Madras plague regulations in force outside the Presidency town - Volume 2
Disease focus: Plague
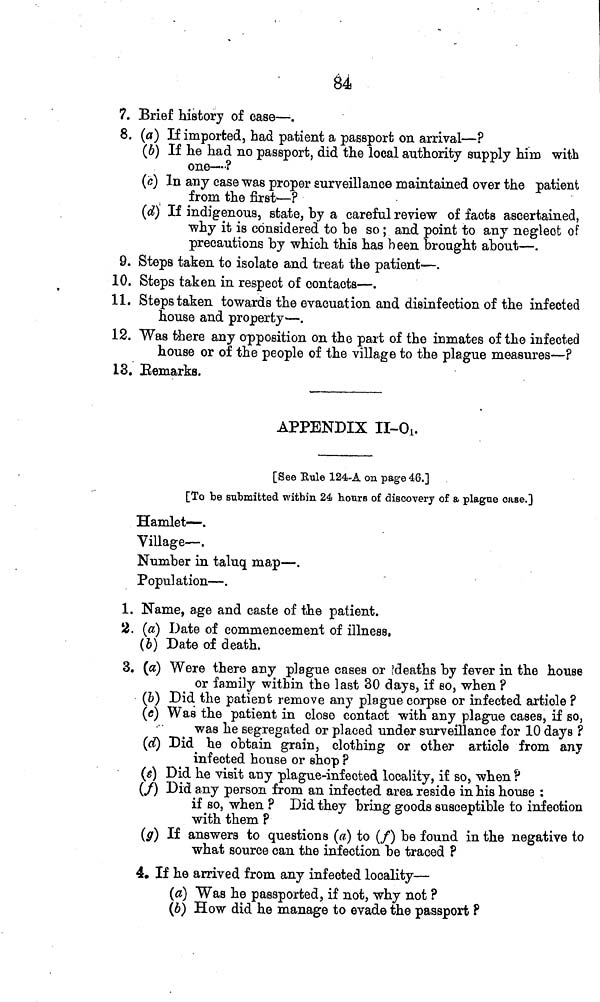
84
7. Brief history of case—.
8. (a) If imported, bad patient a passport on arrival—?
(b) If he had no passport, did the local authority supply him with
one—-?
(c] In any case was proper surveillance maintained over the patient
from the first'—?
(d) If indigenous, state, by a careful review of facts ascertained,
why it is considered to be so ; and point to any neglect of
precautions by which this has been brought about—.
9. Steps taken to isolate and treat the patient—.
10. Steps taken in respect of contacts—.
11. Stepstaken towards the evacuation and disinfection of the infected
house and property—.
12. Was there any opposition on the part of the inmates of the infected
house or of the people of the village to the plague measures—?
13. Remarks.
APPENDIX II-O1.
[See Rule 124-A on page 46.]
[To be submitted within 24 hours of discovery of a plague case.]
Hamlet—.
Village—.
Number in taluq map—.
Population—.
1. Name, age and caste of the patient.
2. (a) Date of commencement of illness,
(b) Date of death.
3. (a) Were there any plague cases or deaths by fever in the house
or family within the last 30 days, if so, when ?
(b) Did the patient remove any plague corpse or infected article ?
(c) Was the patient in close contact with any plague cases, if so,
was he segregated or placed under surveillance for 10 days ?
(d) Did he obtain grain, clothing or other article from any
infected bouse or shop ?
(e) Did he visit any plague-infected locality, if so, when ?
(f) Did any person from an infected area reside in his house :
if so, when ? Did they bring goods susceptible to infection
with them. ?
(g) If answers to questions (a) to (f) be found in the negative to
what source can the infection be traced ?
4. If he arrived from any infected locality—
(a) Was he passported, if not, why not ?
(6) How did he manage to evade the passport ?